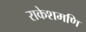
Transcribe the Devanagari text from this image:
राकेशमणि